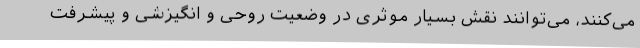
می‌کنند، می‌توانند نقش بسیار موثری در وضعیت روحی و انگیزشی و پیشرفت